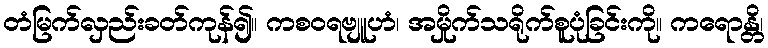
တံမြက်လှည်းခတ်ကုန်၍။ ကစဝရဗျူဟံ၊ အမှိုက်သရိုက်စူပုံခြင်းကို။ ကရောန္တိ၊